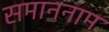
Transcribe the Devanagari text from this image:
समाननाम